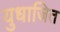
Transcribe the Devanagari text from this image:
युधाजित